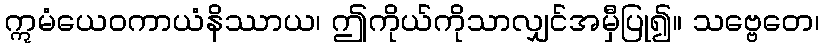
ဣမံယေဝကာယံနိဿာယ၊ ဤကိုယ်ကိုသာလျှင်အမှီပြု၍။ သဗ္ဗေတေ၊